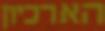
הארכיון